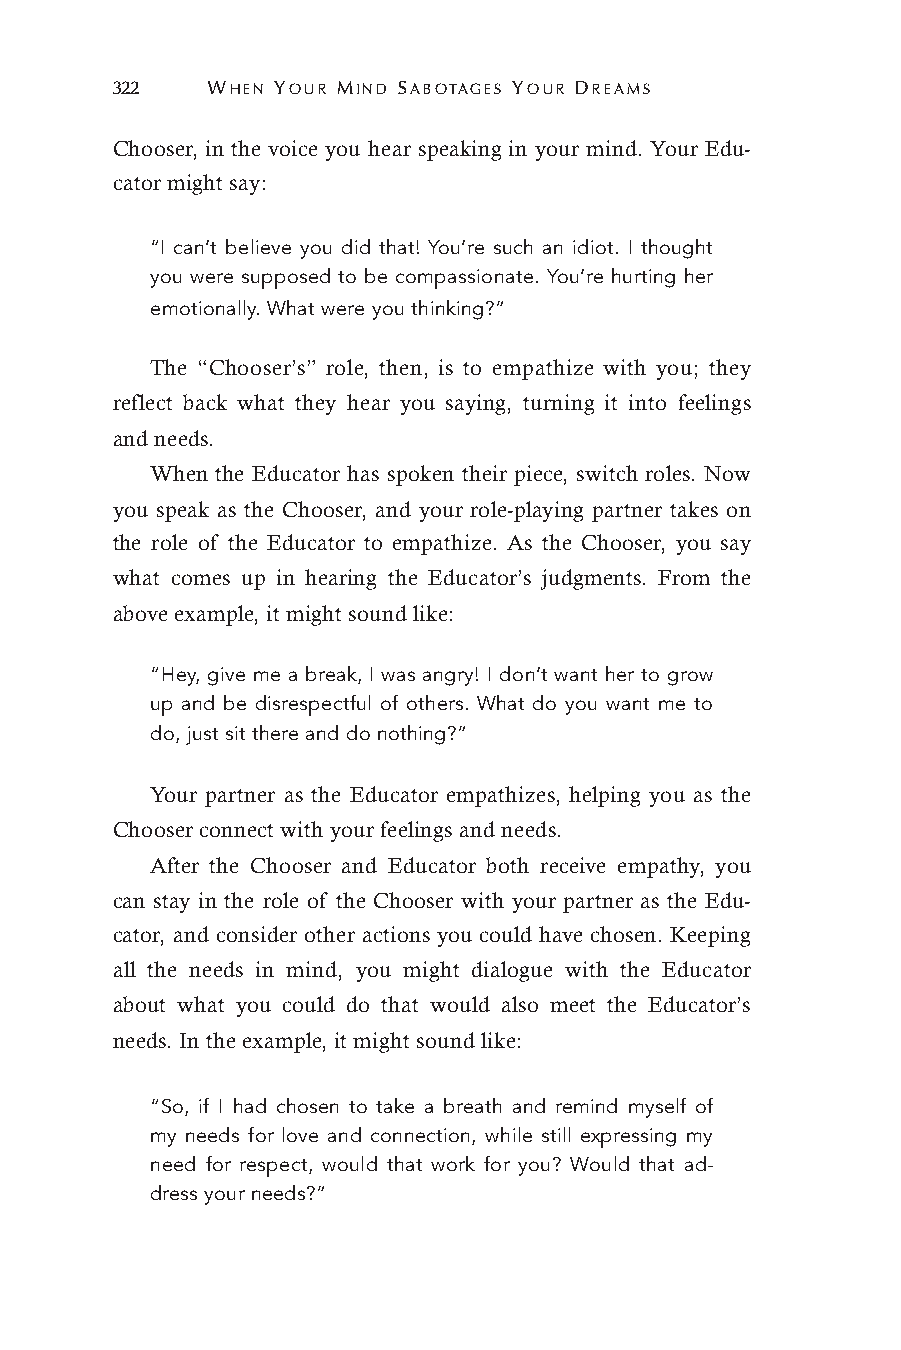
322    WHEN YOUR MIND SABOTAGES YOUR DREAMS
 Chooser, in the voice you hear speaking in your mind. Your Edu-
 cator might say:
 “I can’t believe you did that! You’re such an idiot. I thought
 you were supposed to be compassionate. You’re hurting her
 emotionally. What were you thinking?”
 The “Chooser’s” role, then, is to empathize with you; they
 reflect back what they hear you saying, turning it into feelings
 and needs.
 When the Educator has spoken their piece, switch roles. Now
 you speak as the Chooser, and your role-playing partner takes on
 the role of the Educator to empathize. As the Chooser, you say
 what comes up in hearing the Educator’s judgments. From the
 above example, it might sound like:
 “Hey, give me a break, I was angry! I don’t want her to grow
 up and be disrespectful of others. What do you want me to
 do, just sit there and do nothing?”
 Your partner as the Educator empathizes, helping you as the
 Chooser connect with your feelings and needs.
 After the Chooser and Educator both receive empathy, you
 can stay in the role of the Chooser with your partner as the Edu-
 cator, and consider other actions you could have chosen. Keeping
 all the needs in mind, you might dialogue with the Educator
 about what you could do that would also meet the Educator’s
 needs. In the example, it might sound like:
 “So, if I had chosen to take a breath and remind myself of
 my needs for love and connection, while still expressing my
 need for respect, would that work for you? Would that ad-
 dress your needs?”